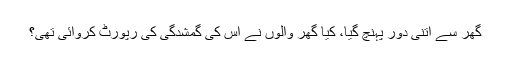
گھر سے اتنی دور پہنچ گیا، کیا گھر والوں نے اس کی گمشدگی کی رپورٹ کروائی تھی؟